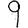
Digit: 9